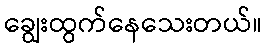
ချွေးထွက်နေသေးတယ်။